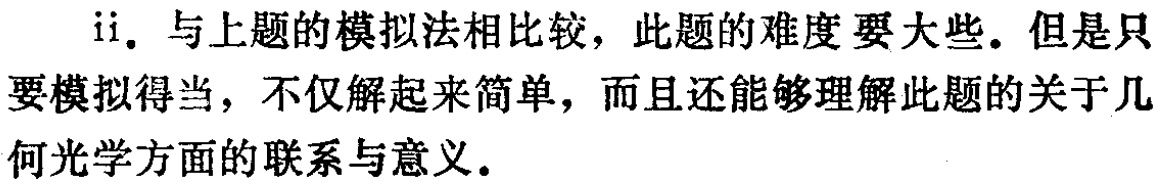
ii. 与上题的模拟法相比较，此题的难度要大些。但是只要模拟得当，不仅解起来简单，而且还能够理解此题的关于几何光学方面的联系与意义。